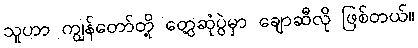
သူဟာ ကျွန်တော်တို့ တွေ့ဆုံပွဲမှာ ချောဆီလို ဖြစ်တယ်။